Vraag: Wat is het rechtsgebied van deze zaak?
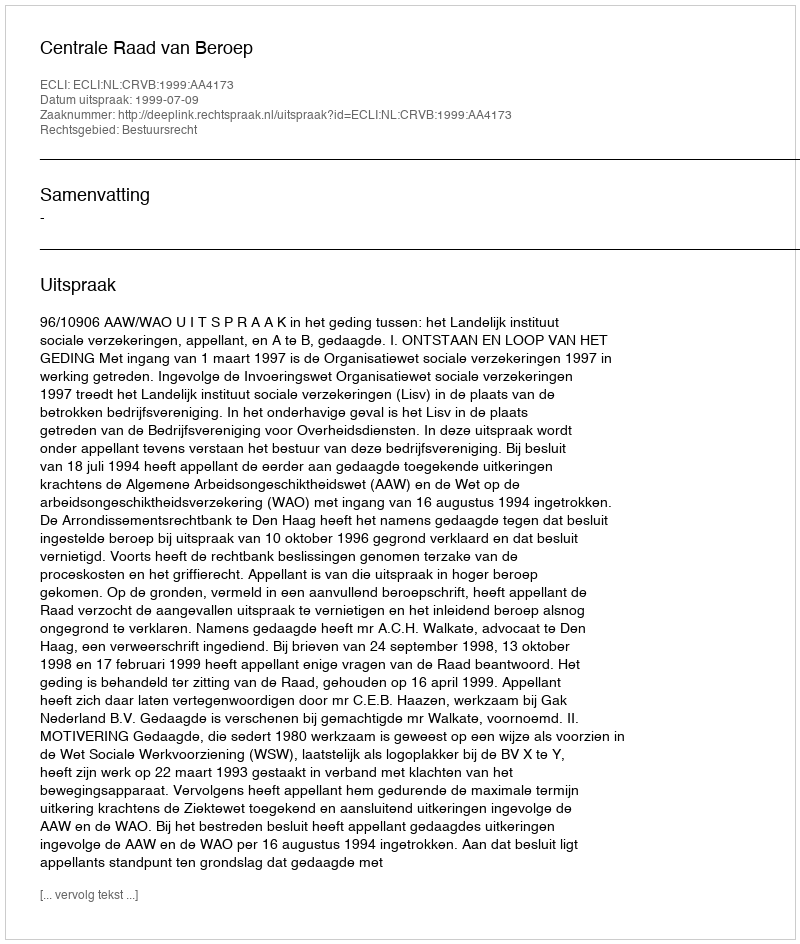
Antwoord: Bestuursrecht